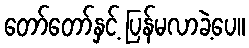
တော်တော်နှင့် ပြန်မလာခဲ့ပေ။